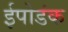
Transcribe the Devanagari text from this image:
ईपोडंक